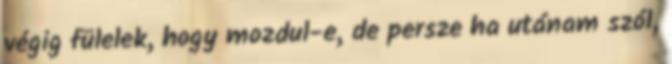
végig fülelek, hogy mozdul-e, de persze ha utánam szól,